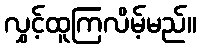
လွှင့်ထူကြလိမ့်မည်။